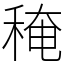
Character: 䅖